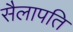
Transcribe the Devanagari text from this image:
सैलापति